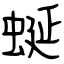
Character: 蜒